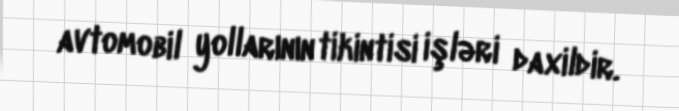
avtomobil yollarının tikintisi işləri daxildir.